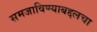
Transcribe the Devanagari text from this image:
समजाविण्याबद्दलचा